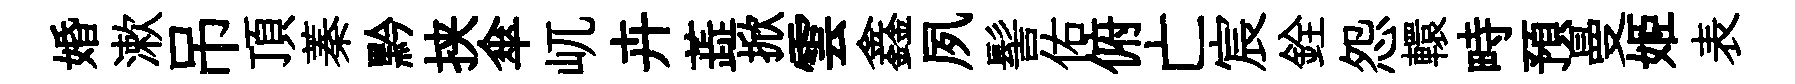
婚漱吊頂蓁黔挟傘屼卉蕋掀雲鑫夙髻佑俯亡宸銓怨轘畤預曼姬表